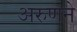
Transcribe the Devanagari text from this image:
अरुणने